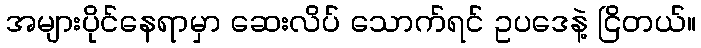
အများပိုင်နေရာမှာ ဆေးလိပ် သောက်ရင် ဥပဒေနဲ့ ငြိတယ်။